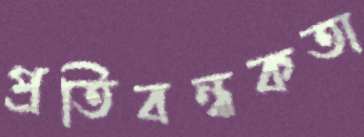
প্রতিবন্ধকতা